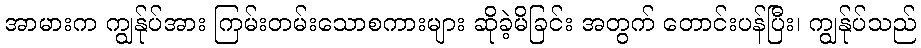
အာမားက ကျွန်ုပ်အား ကြမ်းတမ်းသောစကားများ ဆိုခဲ့မိခြင်း အတွက် တောင်းပန်ပြီး၊ ကျွန်ုပ်သည်